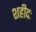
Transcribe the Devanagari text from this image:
शहीदः